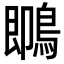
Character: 䳭